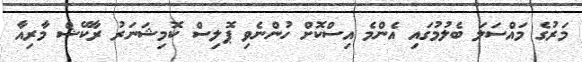
މަރުގެ މައްސަލަ ބެލުމުގައި އެންމެ އިސްކޮށް ހުންނެވި ޕޮލިސް ކޮމިޝަނަރު ރާކޭޝް މާރިއާ